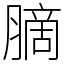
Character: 䐱